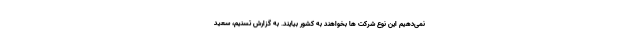
نمی‌دهیم این نوع شرکت ها بخواهند به کشور بیایند. به گزارش تسنیم، سعید